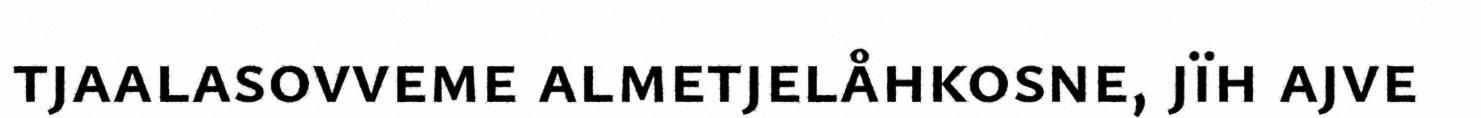
tjaalasovveme almetjelåhkosne, jïh ajve